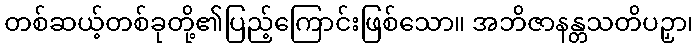
တစ်ဆယ့်တစ်ခုတို့၏ပြည့်ကြောင်းဖြစ်သော။ အဘိဇာနန္တသတိပဉှာ၊